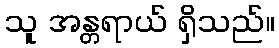
သူ အန္တရာယ် ရှိသည်။